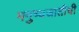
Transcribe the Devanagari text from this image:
मनुष्यजातीची